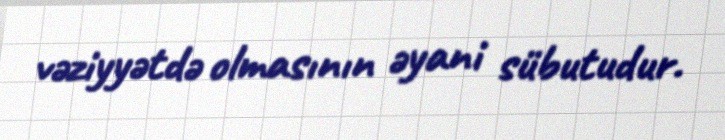
vəziyyətdə olmasının əyani sübutudur.